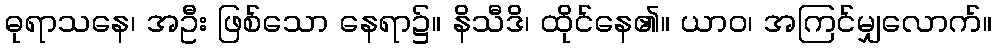
ဓုရာသနေ၊ အဦး ဖြစ်သော နေရာ၌။ နိသီဒိ၊ ထိုင်နေ၏။ ယာဝ၊ အကြင်မျှလောက်။